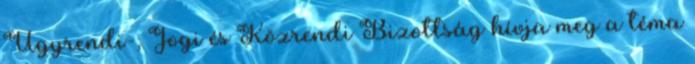
Ügyrendi-, Jogi és Közrendi Bizottság hívja meg a téma